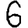
Digit: 6